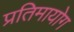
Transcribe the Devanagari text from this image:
प्रतिमायोग